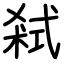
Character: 弒